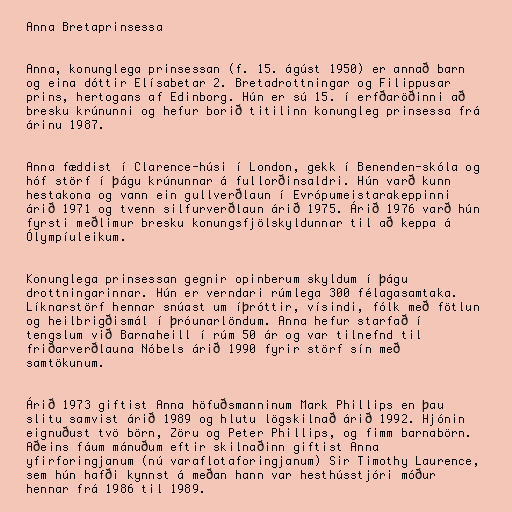
Anna Bretaprinsessa

Anna, konunglega prinsessan (f. 15. ágúst 1950) er annað barn
og eina dóttir Elísabetar 2. Bretadrottningar og Filippusar
prins, hertogans af Edinborg. Hún er sú 15. í erfðaröðinni að
bresku krúnunni og hefur borið titilinn konungleg prinsessa frá
árinu 1987.

Anna fæddist í Clarence-húsi í London, gekk í Benenden-skóla og
hóf störf í þágu krúnunnar á fullorðinsaldri. Hún varð kunn
hestakona og vann ein gullverðlaun í Evrópumeistarakeppinni
árið 1971 og tvenn silfurverðlaun árið 1975. Árið 1976 varð hún
fyrsti meðlimur bresku konungsfjölskyldunnar til að keppa á
Ólympíuleikum.

Konunglega prinsessan gegnir opinberum skyldum í þágu
drottningarinnar. Hún er verndari rúmlega 300 félagasamtaka.
Líknarstörf hennar snúast um íþróttir, vísindi, fólk með fötlun
og heilbrigðismál í þróunarlöndum. Anna hefur starfað í
tengslum við Barnaheill í rúm 50 ár og var tilnefnd til
friðarverðlauna Nóbels árið 1990 fyrir störf sín með
samtökunum.

Árið 1973 giftist Anna höfuðsmanninum Mark Phillips en þau
slitu samvist árið 1989 og hlutu lögskilnað árið 1992. Hjónin
eignuðust tvö börn, Zöru og Peter Phillips, og fimm barnabörn.
Aðeins fáum mánuðum eftir skilnaðinn giftist Anna
yfirforingjanum (nú varaflotaforingjanum) Sir Timothy Laurence,
sem hún hafði kynnst á meðan hann var hesthússtjóri móður
hennar frá 1986 til 1989.